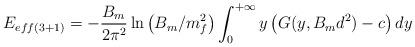
LaTeX: \begin{align*}E_{eff(3+1)}=-\frac{B_{m}}{2\pi^{2}}\ln\left(B_{m}/{m^{2}_{f}}\right)\int_{0}^{+\infty}y\left(G(y,B_{m} d^{2})-c\right) dy\end{align*}